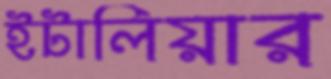
ইটালিয়ার